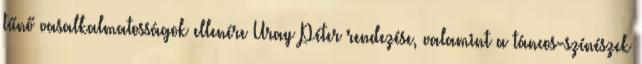
tűnő vasalkalmatosságok ellenére Uray Péter rendezése, valamint a táncos-színészek